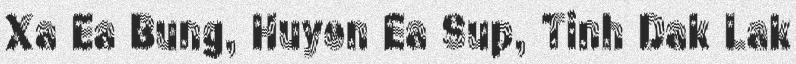
Xa Ea Bung, Huyen Ea Sup, Tinh Dak Lak